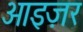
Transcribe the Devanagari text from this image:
आइज़र